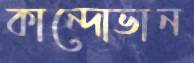
কান্দোভান